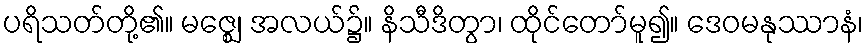
ပရိသတ်တို့၏။ မဇ္ဈေ၊ အလယ်၌။ နိသီဒိတွာ၊ ထိုင်တော်မူ၍။ ဒေဝမနုဿာနံ၊